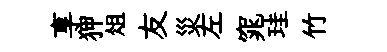
享狎俎友災左窕珪竹